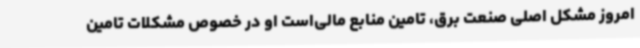
امروز مشکل اصلی صنعت برق، تامین منابع مالی‌است او در خصوص مشکلات تامین